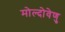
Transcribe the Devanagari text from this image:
मोल्दोवेणु